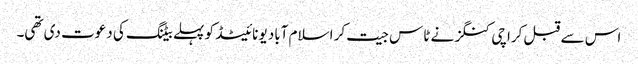
اس سے قبل کراچی کنگز نے ٹاس جیت کر اسلام آباد یونائیٹڈ کو پہلے بیٹنگ کی دعوت دی تھی۔